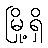
မြို့ရှိ